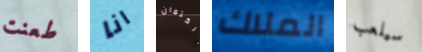
طعنت انا الكتمان الملاك سيلعب